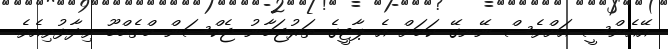
އޭއެންސީ އަށްވެސް ނޭނގޭ ކަމަށް އެ ޕާޓީގެ ތަރުޖަމާނު ޖެކްސަން މްތެމްބޫ ވިދާޅުވިއެވެ.